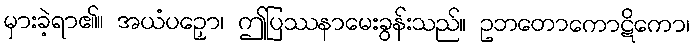
မှားခဲ့ရာ၏။ အယံပဉှော၊ ဤပြဿနာမေးခွန်းသည်။ ဥဘတောကောဋိကော၊